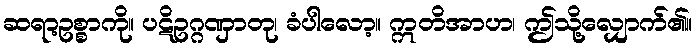
ဆရာ့ဥစ္စာကို။ ပဋိဥဂ္ဂဏှာတု၊ ခံပါလော့။ ဣတိအာဟ၊ ဤသို့လျှောက်၏။